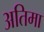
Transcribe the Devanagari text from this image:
अतिमा